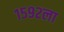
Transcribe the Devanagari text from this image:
१५९२ला